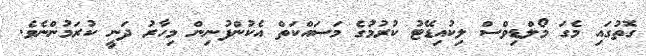
ގޮތުގައި މެގަ މޯލްޑިވްސް ލިކުއިޑޭޓު ކުރުމުގެ މަސައްކަތް އެކުންފުނިން މިހާރު ދަނީ ކުރަމުންނެވެ.